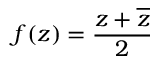
f ( z ) = { \frac { z + { \overline { { z } } } } { 2 } }